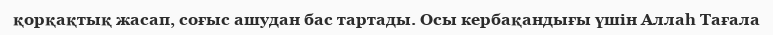
қорқақтық жасап, соғыс ашудан бас тартады. Осы кербақандығы үшін Аллаһ Тағала